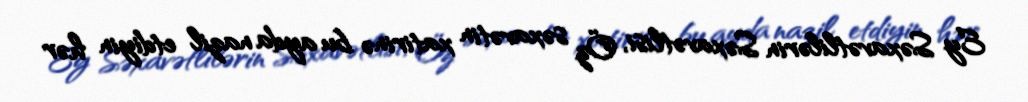
Ey Səxavətlilərin Səxavətlisi, Öz səxavətin xatirinə bu ayda nazil etdiyin hər